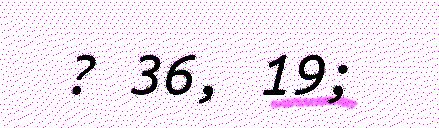
? 36, 19;